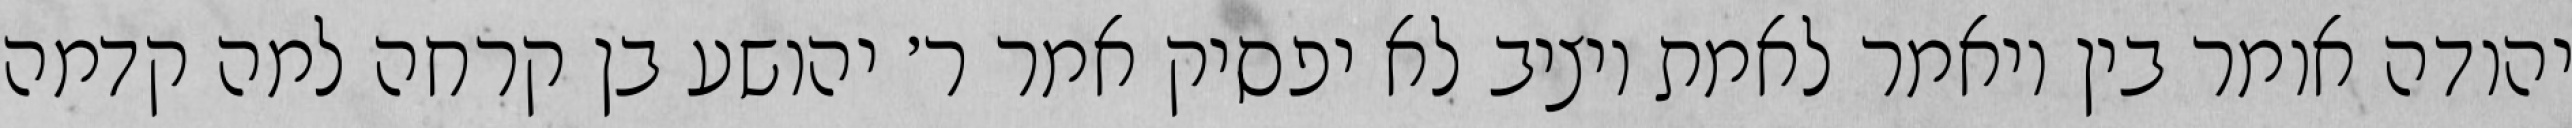
יהודה אומר בין ויאמר לאמת ויציב לא יפסיק אמר ר׳ יהושע בן קרחה למה קדמה